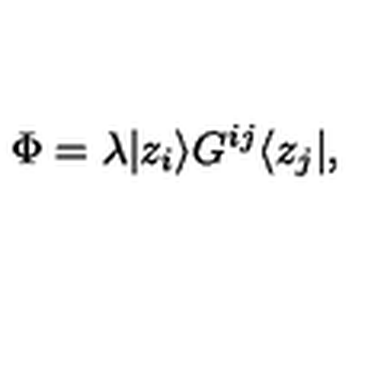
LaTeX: \Phi = \lambda | z _ { i } \rangle G ^ { i j } \langle z _ { j } | ,